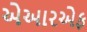
એઆરએફ